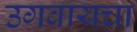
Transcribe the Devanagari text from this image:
उगवायचा